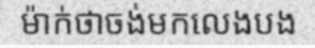
ម៉ាក់ថាចង់មកលេងបង